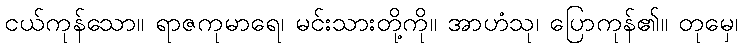
ငယ်ကုန်သော။ ရာဇကုမာရေ၊ မင်းသားတို့ကို။ အာဟံသု၊ ပြောကုန်၏။ တုမှေ၊